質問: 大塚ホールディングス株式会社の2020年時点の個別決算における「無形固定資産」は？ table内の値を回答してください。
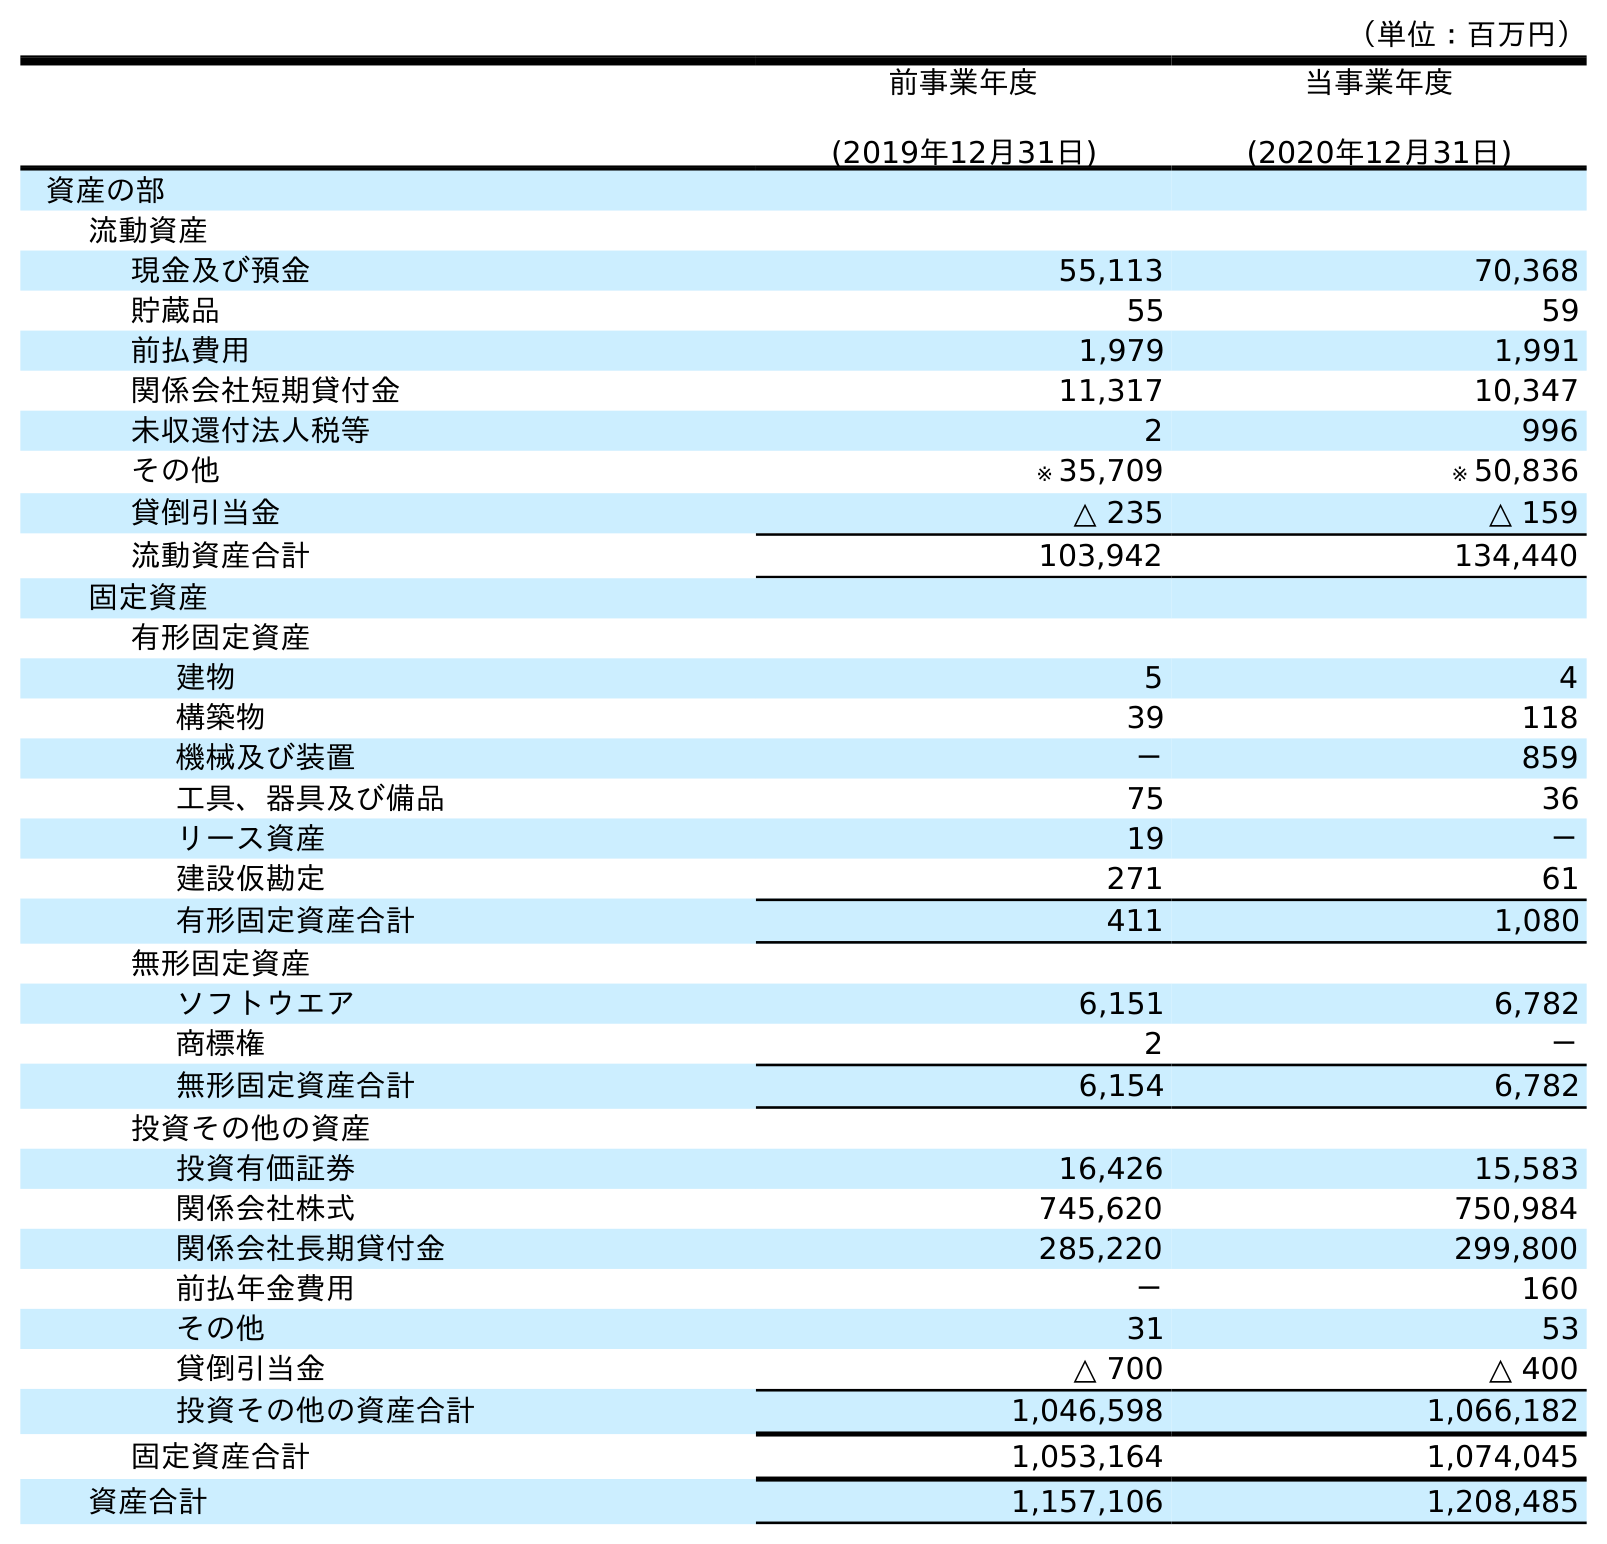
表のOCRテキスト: （単位：百万円） 前事業年度 (2019年12月31日) 当事業年度 (2020年12月31日) 資産の部 流動資産 現金及び預金 55,113 70,368 貯蔵品 55 59 前払費用 1,979 1,991 関係会社短期貸付金 11,317 10,347 未収還付法人税等 2 996 その他 ※ 35,709 ※ 50,836 貸倒引当金 △ 235 △ 159 流動資産合計 103,942 134,440 固定資産 有形固定資産 建物 5 4 構築物 39 118 機械及び装置 － 859 工具、器具及び備品 75 36 リース資産 19 － 建設仮勘定 271 61 有形固定資産合計 411 1,080 無形固定資産 ソフトウエア 6,151 6,782 商標権 2 － 無形固定資産合計 6,154 6,782 投資その他の資産 投資有価証券 16,426 15,583 関係会社株式 745,620 750,984 関係会社長期貸付金 285,220 299,800 前払年金費用 － 160 その他 31 53 貸倒引当金 △ 700 △ 400 投資その他の資産合計 1,046,598 1,066,182 固定資産合計 1,053,164 1,074,045 資産合計 1,157,106 1,208,485
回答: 6,782